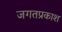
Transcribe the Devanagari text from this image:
जगतप्रकाश